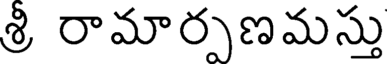
శ్రీ రామార్పణమస్తు